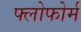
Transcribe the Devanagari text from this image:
फ्लोफोर्म